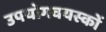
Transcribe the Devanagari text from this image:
उपयोगवयस्कों